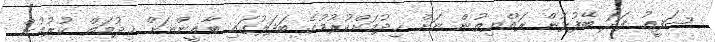
ޝަފީޢު ފަދަ ބޭފުޅުން ރައްޔިތުން ނަށް ޚިދުމަށްކުރުމުގެ ބަދަލުގައި ބާޣީންނަށް ޚިދުމަތް ކުރުމުން